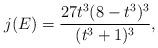
LaTeX: \begin{align*}j(E) = \frac{27t^3(8-t^3)^3}{(t^3+1)^3},\end{align*}